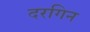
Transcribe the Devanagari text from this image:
दरगिन